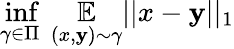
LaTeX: \underset{\gamma\in\Pi}{\operatorname*{inf}}\ \underset{(x,\mathbf{y})\sim\gamma}{\mathbb{{E}}}||x-\mathbf{y}||_{1}